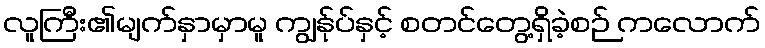
လူကြီး၏မျက်နှာမှာမူ ကျွန်ုပ်နှင့် စတင်တွေ့ရှိခဲ့စဉ် ကလောက်